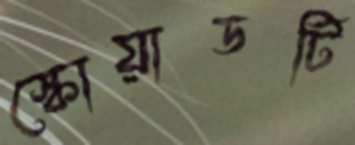
স্কোয়াডটি